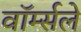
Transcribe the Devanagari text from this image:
वॉर्म्सले